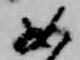
如